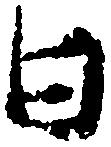
日